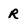
Character: R